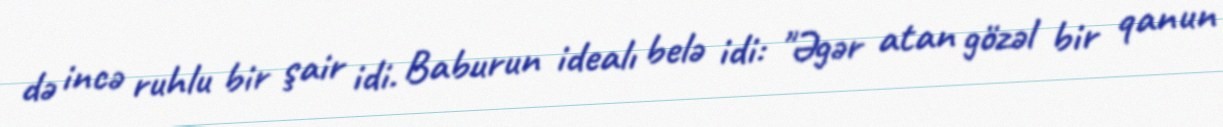
də incə ruhlu bir şair idi. Baburun idealı belə idi: "Əgər atan gözəl bir qanun